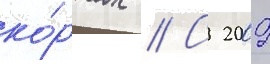
ко́ртах // С 2009